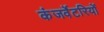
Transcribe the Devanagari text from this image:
कंजर्वेटरियों